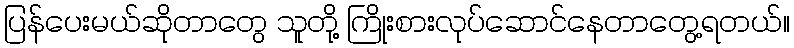
ပြန်ပေးမယ်ဆိုတာတွေ သူတို့ ကြိုးစားလုပ်ဆောင်နေတာတွေ့ရတယ်။